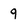
Character: 9